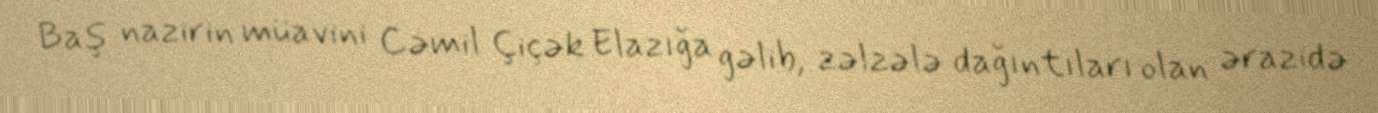
Baş nazirin müavini Cəmil Çiçək Elazığa gəlib, zəlzələ dağıntıları olan ərazidə